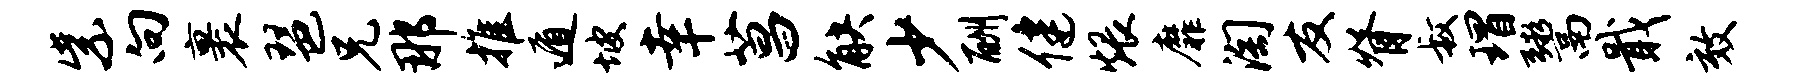
紫向裹琶兄那推遁坡幸菖觖少酬健煨靡淘友脊叔瑁鬻戢效